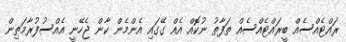
ރައްޓެއްސެއް ބީރައްޓެއްސެއް ތަފާތު ނުކޮއް އެއް ގޭގައި އެންމެން ކާން ޖެހޭނީ އެއްސުފުރާމަތިން